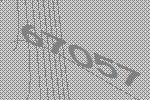
67057